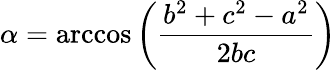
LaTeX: \alpha=\operatorname{arccos}\left({\frac{b^{2}+c^{2}-a^{2}}{2bc}}\right)